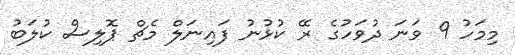
މިމަހު 9 ވަނަ ދުވަހުގެ ރޭ ކުޅުނު ފައިނަލް މެޗް ޕޮލިސް ކުލަބު